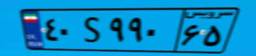
۴۰S۹۹۰۶۵